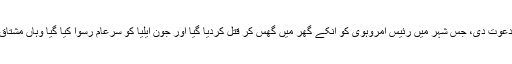
انہوں نے اپنی تالیوں سے میری حوصلہ افزائی کی لیکن اپنے لئے خطرات کو دعوت دی، جس شہر میں رئیس امروہوی کو انکے گھر میں گھس کر قتل کردیا گیا اور جون ایلیا کو سرعام رسوا کیا گیا وہاں مشتاق احمد یوسفی صاحب نے اپنی تالیوں سے خطرات کو پکارا نہیں بلکہ للکارا تھا۔